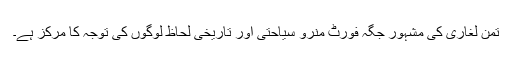
تُمن لغاری کی مشہور جگہ فورٹ منرو سیاحتی اور تاریخی لحاظ لوگوں کی توجہ کا مرکز ہے۔